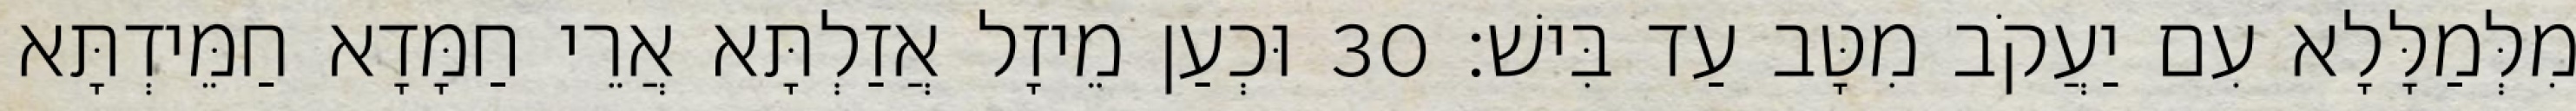
מִלְּמַלָּלָא עִם יַעֲקֹב מִטָּב עַד בִּישׁ׃ 30 וּכְעַן מֵיזָל אֲזַלְתָּא אֲרֵי חַמָּדָא חַמֵּידְתָּא